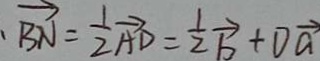
\overrightarrow { B N } = \frac { 1 } { 2 } \overrightarrow { A D } = \frac { 1 } { 2 } \overrightarrow { b } + D \overrightarrow { a }